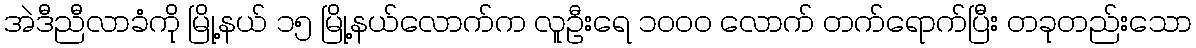
အဲဒီညီလာခံကို မြို့နယ် ၁၅ မြို့နယ်လောက်က လူဦးရေ ၁၀၀၀ လောက် တက်ရောက်ပြီး တခုတည်းသော